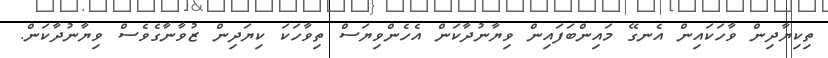
ތިކިޔާދިން ވާހަކައިން އެނގޭ މައިންބަފައިން ވިޔާނުދާކަން އެހެންވިޔަސް ތިވާހަކަ ކިޔަދިން ޒުވާނާގެވެސް ވިޔާނުދާކަން.